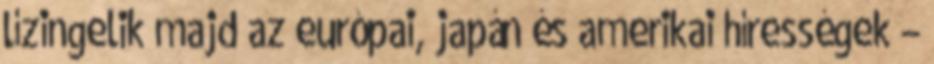
lízingelik majd az európai, japán és amerikai hírességek –